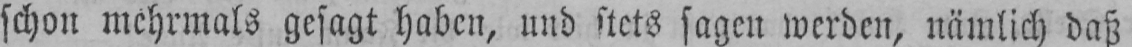
schon mehrmals gesagt haben, und stets sagen werden, nämlich daß